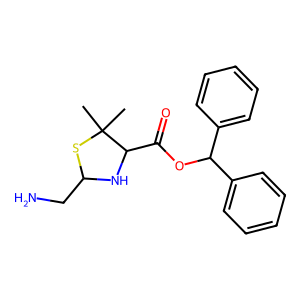
SMILES: CC1(C)SC(CN)NC1C(=O)OC(c1ccccc1)c1ccccc1
Inhibits HIV replication: No